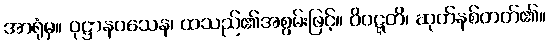
အာရုံမှ။ ဝုဋ္ဌာနဝသေန၊ ထသည်၏အစွမ်းဖြင့်။ ဝိဝဋ္ဋတိ၊ ဆုတ်နစ်တတ်၏။